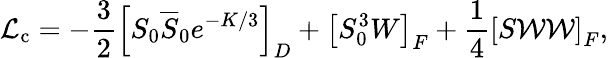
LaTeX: {\cal L}_{\mathrm{c}}=-{\frac{3}{2}}\left[S_{0}\overline{{S}}_{0}e^{-{K/3}}\right]_{D}+\left[S_{0}^{3}W\right]_{F}+{\frac{1}{4}}\left[S{\cal WW}\right]_{F},